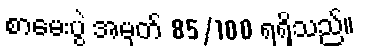
စာမေးပွဲ အမှတ် 85/100 ရရှိသည်။